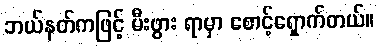
ဘယ်နတ်ကဖြင့် မီးဖွား ရာမှာ စောင့်ရှောက်တယ်။